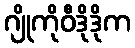
ဂျိုကိုဝီဒိုဒိုက